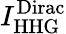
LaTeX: I_{\mathrm{HHG}}^{\mathrm{Dirac}}